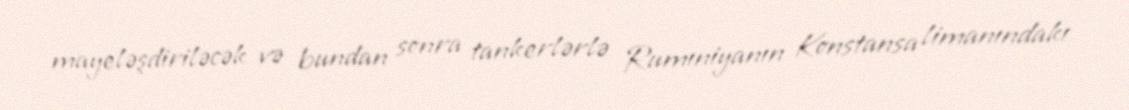
mayeləşdiriləcək və bundan sonra tankerlərlə Rumıniyanın Konstansa limanındakı